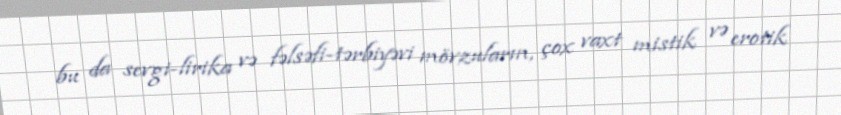
bu da sevgi-lirika və fəlsəfi-tərbiyəvi mövzuların, çox vaxt mistik və erotik